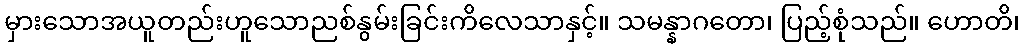
မှားသောအယူတည်းဟူသောညစ်နွမ်းခြင်းကိလေသာနှင့်။ သမန္နာဂတော၊ ပြည့်စုံသည်။ ဟောတိ၊